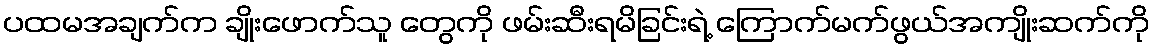
ပထမအချက်က ချိုးဖောက်သူ တွေကို ဖမ်းဆီးရမိခြင်းရဲ့ ကြောက်မက်ဖွယ်အကျိုးဆက်ကို